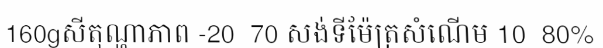
160gសីតុណ្ហាភាព -20  70 សង់ទីម៉ែត្រសំណើម 10  80%